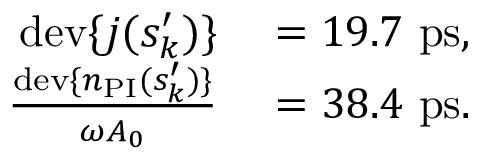
\begin{array} { r l } { \mathrm { d e v } \{ j ( s _ { k } ^ { \prime } ) \} } & { { } = 1 9 . 7 ~ \mathrm { p s } , } \\ { \frac { \mathrm { d e v } \{ n _ { \mathrm { P I } } ( s _ { k } ^ { \prime } ) \} } { \omega A _ { 0 } } } & { { } = 3 8 . 4 ~ \mathrm { p s } . } \end{array}